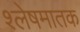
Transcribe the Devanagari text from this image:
श्लेषमातक